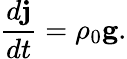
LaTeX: \frac{d{\mathbf j}}{dt}=\rho_{0}{\mathbf g.}